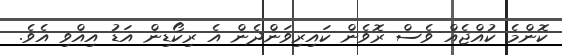
ކޮންމެ ކުއްޖެއް ވެސް ރޮވެން ކައިރިވަންދެން އެ ރިކޯޑިން އަޑު އިއްވި އެވެ.